Report on horse surra - Volume I
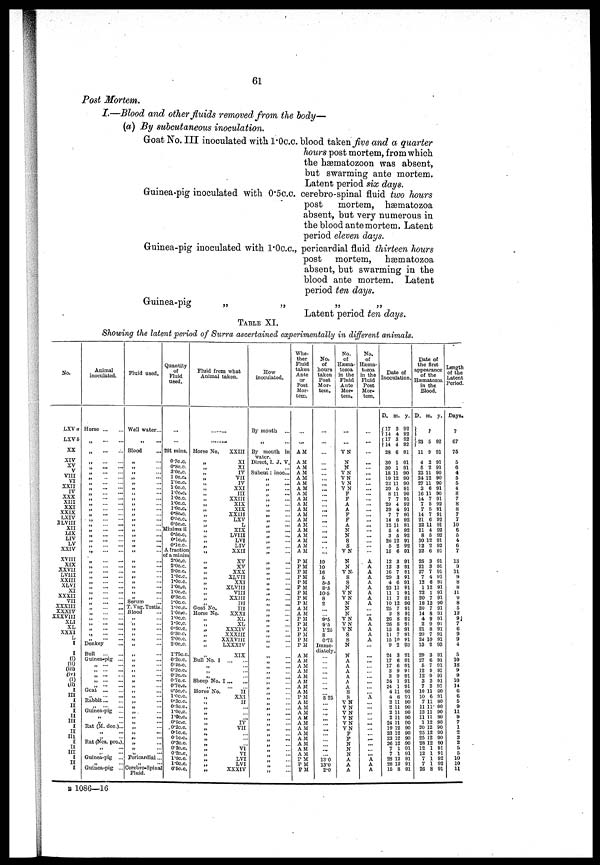
61
Post Mortem.
I.—Blood and other fluids removed from the body—
(a) By subcutaneous inoculation.
Goat No. III inoculated with 1.0c.c. blood taken five and a quarter
hours post mortem, from which
the hæmatozoon was absent,
but swarming ante mortem.
Latent period six days.
Guinea-pig inoculated with 0.5c.c. cerebro-spinal fluid two hours
post
mortem, hæmatozoa
absent, but very numerous in
the blood ante mortem. Latent
period eleven days.
Guinea-pig inoculated with 1.0c.c., pericardial fluid thirteen hours
post mortem, hæmatozoa
absent, but swarming in the
blood ante mortem. Latent
period ten days.
Guinea-pig
„
„
„
„
Latent period ten days.
TABLE XI.
Showing the latent period of Surra ascertained experimentally in different animals.
B 1086—16
No.
LXV a
LXVb
XX
XIV
XV
V
VIII
VI
XXII
IV
XXX
XIII
XXI
XXIX
LXIV
XLVIII
XII
LIX
LIV
LV
XXIV
XVIII
XIX
XXVII
LVIII
XXIII
XLVI
XI
XXXII
VII
XXXIII
XXXIV
XXXVIII
XLI
XL
XXXI
L
I
I
(i)
(ii)
(iii)
(iv)
(i)
(ii)
I
III
I
II
I
II
III
I
II
III
I
II
III
I
II
I
Animal
inoculated.
Horse ... ...
„ ... ...
„ ... ...
„ ... ...
„ ... ...
„ ... ...
„ ... ...
„ ... ...
„ ... ...
„ ... ...
„ ... ...
„ ... ...
„ ... ...
„ ... ...
„ ... ...
„ ... ...
„ ... ...
„ ... ...
„ ... ...
„ ... ...
„ ... ...
„ ... ...
„ ... ...
„ ... ...
„ ... ...
„ ... ...
„ ... ...
„ ... ...
„ ... ...
„ ... ...
„ ... ...
„ ... ...
„ ... ...
„ ... ...
„ ... ...
„ ... ...
„ ... ...
Donkey ...
Bull
...
...
Guinea-pig ...
„ ... ...
„ ... ...
„ ... ...
„ ... ...
„ ... ...
Gcat ...
...
„ ... ...
Rabbit ... ...
„ ... ...
Guinea-pig ...
„ ...
„ ... ...
Rat (M. dec.)...
„ ...
„ ...
Rat (Nes. pro.)
„ ...
„ ...
Guinea-pig ...
„ ...
Guinea-pig ...
Fluid used.
Well water...
„ ...
Blood ...
„ ...
„ ...
„ ...
„ ...
„ ...
„ ...
„ ...
„ ...
„ ...
„ ...
„ ...
„ ...
„ ...
„ ...
„ ...
„ ...
„ ...
„ ...
„ ...
„ ...
„ ...
„ ... „ ...
„ ...
„ ...
„ ...
Serum ...
T. Vag. Testis.
Blood ...
„ ...
„ ...
„ ... „ ...
„ ... „
...
„ ...
„ ...
„ ...
„ ... „ ...
„ ...
„ ...
„ ...
„ ...
„ ...
„ ...
„ ...
„ ...
„ ...
„ ...
„ ...
„ ...
„ ...
„ ...
„ ...
Pericardial...
„ ...
Cerebro-Spinn
Fluid.
Quantity
of
Fluid
used.
...
291 mins.
0.7c.c.
0.8c.c.
3.0c.c.
1.0c.c.
1.0c.c.
1.0c.c.
1.0c.c.
1.0c.c.
1.0c.c
1.0c.c.
0.8c.c.
0.5c.c.
0.5c.c.
Minims ii
0.5c.c.
0.1c.c.
0.1c.c.
A fraction
of a minim
2.0c.c.
2.0c.c.
2.0c.c.
1.0c.c.
1.0c.c.
1.0c.c.
1.0c.c.
0.3c.c.
1.0c.c.
1.0c.c.
1.0c.c.
1.0c.c.
1.0c.c.
0.6c.c.
0.3c.c.
2.0c.c.
2.0c.c.
1.75c.c.
0.2c.c.
0.2c.c.
0.2c.c.
0.2c.c.
0.7c.c.
0.7c.c.
0.5c.c.
1.0c.c.
0.3c.c.
0.3c.c.
1.0c.c.
1.0c.c.
0.5c.c.
0.2c.c.
0.1c.c.
0.1c.c.
0.2c.c.
0.2c.c.
0.2c.c.
1.0c.c.
1.0c.c.
0.5c.c.
Fluid from what
Animal taken.
..........
..........
Horse No. ...
„
„
„
„
„
„
„
„
„
„
„
„
„
„
„
„
„ „
„
„
„
„
„ „
„
„
„ Goat No.
Horse No.
„
„
„
„ „
„
„
Bull No. I
„
„ „
Sheep No.
„ Horse No.
„
„ „
„
„
„
„
„
„ „
„
„
„ „
„
XXIII
XI
XI
IV
VII
IV
XXI
III
XXIII
XIX
XIX
XXIII
LXV
L
XIX
LVIII
LVI
LIV
XXII
XV
XV
XXX
XLVII
XXI
XLVIII
VIII
XXIII
III
III
XXXI
XL
XL
XXXIV
XXXIII
XXXVIII
LXXXIV
XIX
... ...
...
... ...
I ...
...
... ...
II ... ...
XXI
II
...
...
...
IV
VII
...
... ...
vi
VI
LVI
LVI
XXXIV
How
inoculated.
By mouth
...
„ ...
By mouth in
water.
Direct, I. J. V.
„ ...
Subcut: inoc...
„ ...
„ ...
„ ... „ ...
„ ...
„ ... „ ...
„ ...
„ ... „ ...
„ ...
„ ...
„ ...
„ ...
„ ...
„ ...
„ ...
„ ...
„ ...
„ ... „ ...
„ ...
„ ...
„ ...
„ ... „ ...
„ ...
„ ... „ ...
„ ... „ ...
„ ...
„ ...
„ ...
„ ... „ ...
„ ...
„ ...
„ ... „ ...
„ ...
„ ...
„ ...
„ ... „ ...
„ ...
„ ...
„ ...
„ ...
„ ...
„ ...
„ ...
„ ... „ ...
„ ...
Whe-
ther
Fluid
taken
Ante
or
Post
Mor-
tem.
...
...
A M
A M
A M
A M
A M
A M
A M
A M
A M
A M
A M
A M
A M
A M
A M
A M
A M
A M
A M
P M
P M
P M
P M
P M
P M
P M
P M
P M
A M
A M
P M
P M
P M
P M
P M
P M
A M
A M
A M
A M
A M
A M
A M
A M
P M
A M
A M
A M
AM
A M
A M
A M
A M
A M
A M
A M
P M
P M
P M
No.
of
hours
taken
Post
Mor-
tem.
...
...
...
...
...
...
...
... ...
... ...
... ...
...
...
... ...
...
...
...
...
10
10
16
5
5.5
8.5
10.5
8
2
...
... 9.5
95
1.25
8
0.75
Imme-
diately.
...
...
...
... ...
...
...
... 5.25
...
...
...
...
...
...
...
... ... ...
... 13.0
13.0
2.0
No.
of
Hæma-
tozoa
in the
Fluid
Ante
Mor-
tem.
...
...
V N
N
N
V N
V N
V N
V N
F
F
A
A
F
F
A
N
N
S
S
V N
N
N
V N
S
S
N
V N
V N
N
N
N
V N
V N
V N
S
S
N
N
A
A
A
A
A
A
S
S
V N
V N
V N
V N
V N
V N
F
F
N
N
N
A
A
A
No.
of
Hæma-
tozoa
in the
Fluid
Post
Mor-
tem.
...
...
...
...
...
...
...
...
...
...
...
...
...
...
...
...
...
A
A
A
A
A
A
A
A
A
...
... A
A
A
A
A
...
...
...
...
... ...
...
...
... A
...
...
...
...
...
...
...
... A
A
A
Date of
Inoculation.
D.
17
14
17
14
28
30
30
18
19
22
20
8
7
29
29
7
14
12
5
3
26
5
16
12
12
16
29
4
23
11
11
10
25
2
26 26
15
11
15
9
24
17
17
3
3
24 24
4
4
2
2
2
2
24
19
23
23
26
7
7
28
28
15
m.
3
4
3
4
6
1
1
11
12
11
5
1
7
4
4
7
6
11
4
5
12
2
6
3
3
7
3
6
11
1
7
12
7
8
8 8
8
7
10
2
3
6
6
9
9
1
1
11
6
11
11
11
11
11
12
12
12
12
1
1
12
12
8
y.
92
92
92
92
91
91
91
90
90
90
91
90
91
92
91
91
92
91
92
92
91
92
91
91
91
91
91
91
91
91
91
90
91
91
91 91
91
91
91
93
91
91
91
91
91
91
91
90
91
90
90
90
90
90
90
90
90
90
91
91
91
91
91
Date of
the first
appearance
of the
Hæmatozoa
in the
Blood.
D.
23
11
4
5
22
24
27
2
16
14
7
7
14
21
22
11
8
30
12
22
25
21
27
7
12
1
22
20
18
30
14 4
2
21
20 24
13
29
27
5
12
12
3
7
10
10
7
11
13 11
1
20
25
25 28
12
12
7 7
26
m.
?
5
9
2
2
11
12
11
6
11
7
5
5
7
6
11
4
5
12
2
6
3
3
7
4
6
12
1
7
12
7
8
9 9
8
7
10
2
3
6
7
9
9
2
2
11
6
11
11
11
11
12
12
12
12 12
1
1 1
1 8
y.
92
91
91
91
90
90
90
91
90
91
92
91
91
92
91
92
92
91
92
91
91
91
91
91
91
91
91
91
90
91
91
91 91
91
91 91
93
91
91
91
91
91
91
91
90
91
90
90 90
90
90
90
90
90 90
91
91
92 92
91
Length
of the
Latent
Period.
Days.
?
67
75
5
6
4
5
5
4
8
7
8
8
7
7
10
6
5
4
6
7
13
9
11
9
8
8
11
9
8
5
12
6
9
9
9
4
5
10
18
9 9
10
14
6
6
5
9 11
9
7 1
2
2
5
5
5
10 10
11